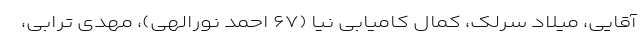
آقایی، میلاد سرلک، کمال کامیابی نیا (۶۷ احمد نورالهی)، مهدی ترابی،